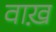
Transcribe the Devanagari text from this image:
वाख़